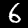
Label: 6